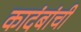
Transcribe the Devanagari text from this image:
कादंबांची